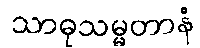
သာဓုသမ္မတာနံ